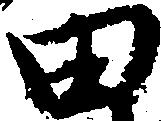
田